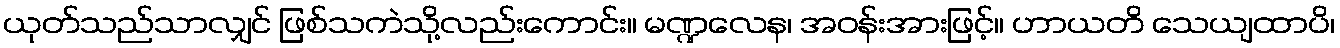
ယုတ်သည်သာလျှင် ဖြစ်သကဲသို့လည်းကောင်း။ မဏ္ဍလေန၊ အဝန်းအားဖြင့်။ ဟာယတိ သေယျထာပိ၊